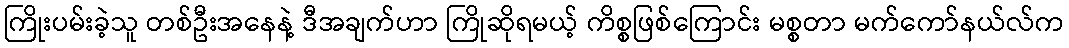
ကြိုးပမ်းခဲ့သူ တစ်ဦးအနေနဲ့ ဒီအချက်ဟာ ကြိုဆိုရမယ့် ကိစ္စဖြစ်ကြောင်း မစ္စတာ မက်ကော်နယ်လ်က